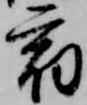
宿